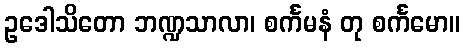
ဥဒေါသိတော ဘဏ္ဍသာလာ၊ စင်္ကမနံ တု စင်္ကမော။